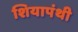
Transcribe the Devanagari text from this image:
शियापंथी